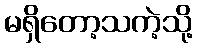
မရှိတော့သကဲ့သို့